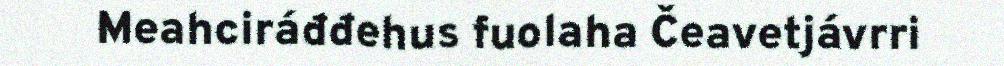
Meahciráđđehus fuolaha Čeavetjávrri